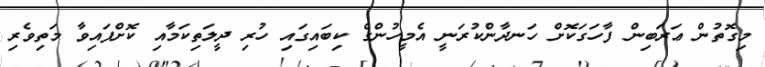
މިގޮތުން ޢަރަބިން ފާހަގަކޮށް ހަނދާންކުރަނީ އެމީހުންގެ ކިބައިގައި ހުރި ދީލަތިކަމާއި ކޮށްފައިވާ މަތިވެރި